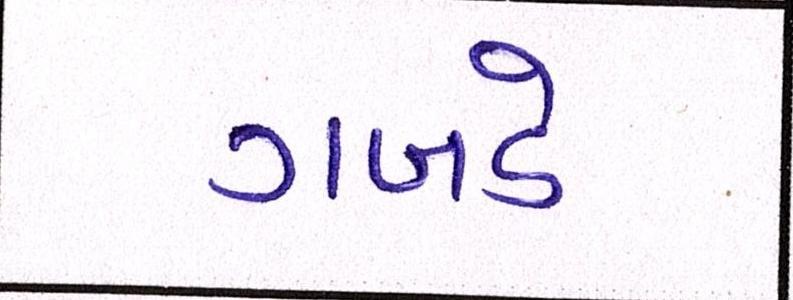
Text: ગબડે